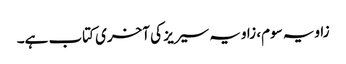
زاویہ سوم، زاویہ سیریز کی آخری کتاب ہے۔